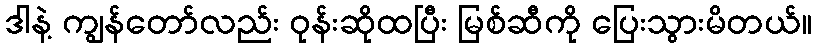
ဒါနဲ့ ကျွန်တော်လည်း ဝုန်းဆိုထပြီး မြစ်ဆီကို ပြေးသွားမိတယ်။